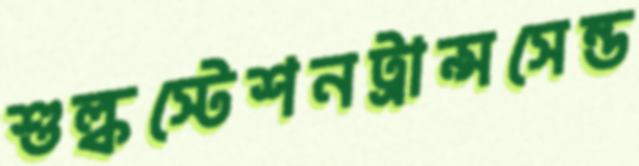
শুল্কস্টেশনট্রান্সসেন্ড